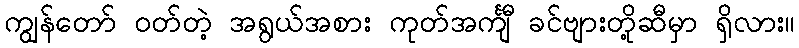
ကျွန်တော် ဝတ်တဲ့ အရွယ်အစား ကုတ်အင်္ကျီ ခင်ဗျားတို့ဆီမှာ ရှိလား။